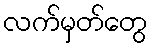
လက်မှတ်တွေ